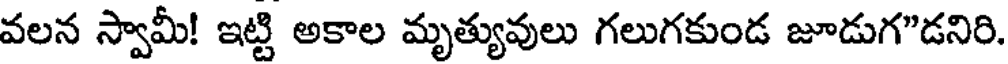
వలన స్వామీ! ఇట్టి అకాల మృత్యువులు గలుగకుండ జూడుగ"డనిరి.